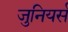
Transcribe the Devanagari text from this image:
जुनियर्स